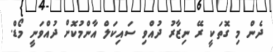
ދެން މި ގޮތަކީ ރޭ ނިޒާރު ދުއްވި ސައިކަލް އާންމުކޮށް ދުއްވަނީ މޯޑް.